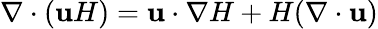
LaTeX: \nabla\cdot(\mathbf{u}H)=\mathbf{u}\cdot\nabla H+H(\nabla\cdot\mathbf{u})